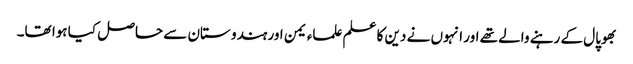
بھوپال کے رہنے والے تھے اور انہوں نے دین کا علم علماء یمن اور ہندو ستان سے حاصل کیا ہوا تھا۔